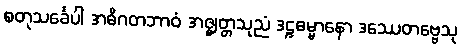
စတုသင်္ခေပါ အဓိဂတဘာဝံ အဇ္ဈတ္တသုညံ ဒဠှဓမ္မာနော ဒဿေတဗ္ဗေသု